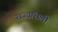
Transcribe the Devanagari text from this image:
राज्यांधली